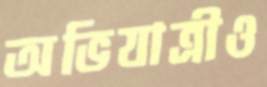
অভিযাত্রীও